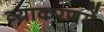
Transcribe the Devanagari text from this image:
व्याकरणमें